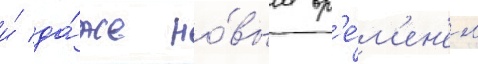
и́ да́же но́вым вр'е́м'ен'ем